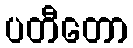
ပတီတော